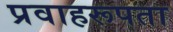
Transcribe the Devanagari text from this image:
प्रवाहरूपता